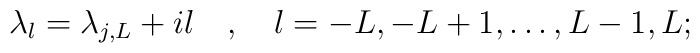
\lambda_{l}=\lambda_{j,L}+il\quad,\quad l=-L,-L+1,\dots,L-1,L;